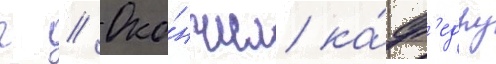
г // Око́нчил ка́ф'едру